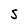
Character: S